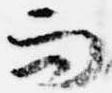
而